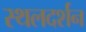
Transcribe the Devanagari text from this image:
स्थलदर्शन